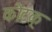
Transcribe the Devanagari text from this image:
कोटक्